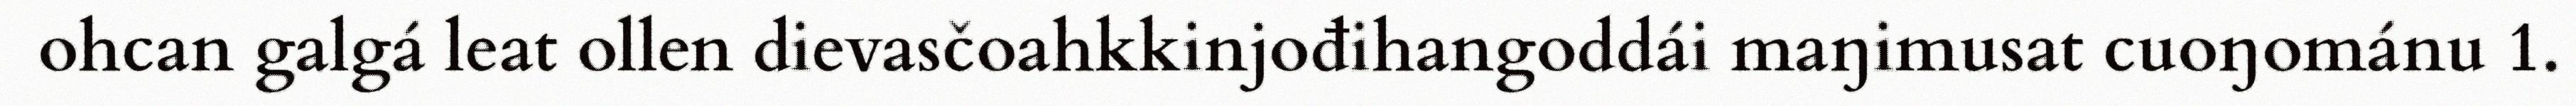
ohcan galgá leat ollen dievasčoahkkinjođihangoddái maŋimusat cuoŋománu 1.